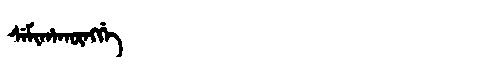
Manchu: ᠰᡝᠮᡳᡥᠠᡴᡡᠩᡤᡝ
Romanization: SEMIHAKŪNGGE